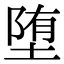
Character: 堕